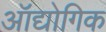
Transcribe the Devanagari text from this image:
ऑद्योगिक